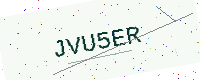
Text: JVU5ER